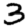
Digit: 3